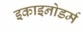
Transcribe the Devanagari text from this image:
इकाइनोडर्म